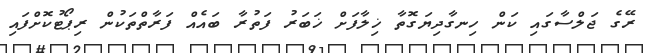
ރޭގެ ޖަލްސާގައި ކަން ހިނގާދިޔަގޮތާ ޚިލާފަށް ޚަބަރު ފަތުރާ ބައެއް ފަރާތްތަކުން ރިޕޯޓުކޮށްފައި